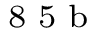
^ \textrm { \scriptsize 8 5 b }